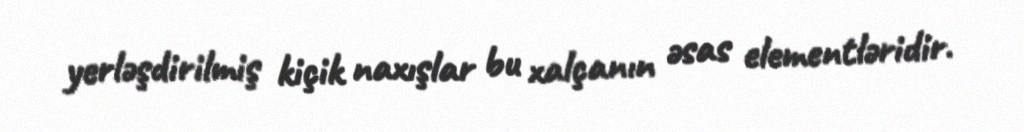
yerləşdirilmiş kiçik naxışlar bu xalçanın əsas elementləridir.